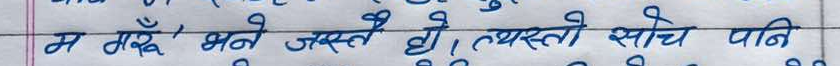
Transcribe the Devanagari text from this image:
म गर्छु भने जस्तै हो। त्यस्तो सोचे पनि